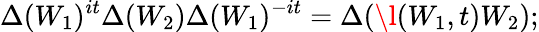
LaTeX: \Delta(W_{1})^{it}\Delta(W_{2})\Delta(W_{1})^{-it}=\Delta(\l(W_{1},t)W_{2});